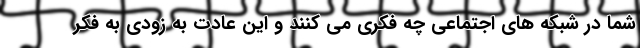
شما در شبکه های اجتماعی چه فکری می کنند و این عادت به زودی به فکر